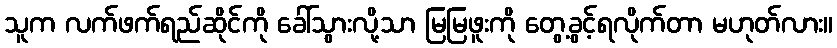
သူက လက်ဖက်ရည်ဆိုင်ကို ခေါ်သွားလို့သာ မြမြဖူးကို တွေ့ခွင့်ရလိုက်တာ မဟုတ်လား။